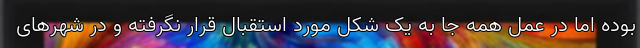
بوده اما در عمل همه جا به یک شکل مورد استقبال قرار نگرفته و در شهرهای